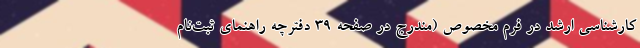
کارشناسی ارشد در فرم مخصوص (مندرج در صفحه 39 دفترچه راهنمای ثبت‌نام